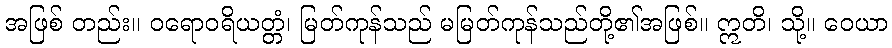
အဖြစ် တည်း။ ဝရောဝရိယတ္တံ၊ မြတ်ကုန်သည် မမြတ်ကုန်သည်တို့၏အဖြစ်။ ဣတိ၊ သို့။ ဝေယာ